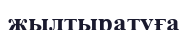
жылтыратуға